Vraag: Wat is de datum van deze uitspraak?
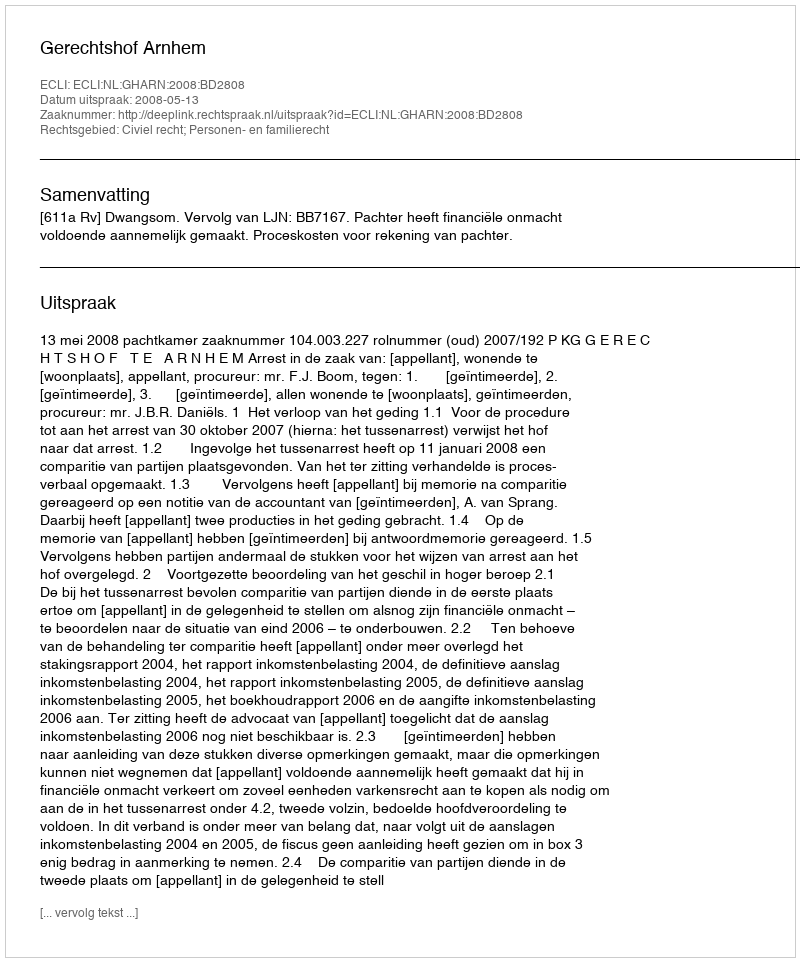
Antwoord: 2008-05-13